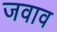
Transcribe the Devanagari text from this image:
जवाव